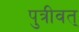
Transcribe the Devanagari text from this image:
पुत्रीवत्